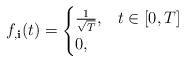
LaTeX: \begin{align*}f_{,\textbf{i}}(t) &= \begin{cases}\frac{1}{\sqrt{T}},& t \in [0,T]\\0,& \end{cases}\end{align*}